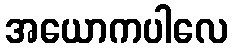
အယောကပါလေ